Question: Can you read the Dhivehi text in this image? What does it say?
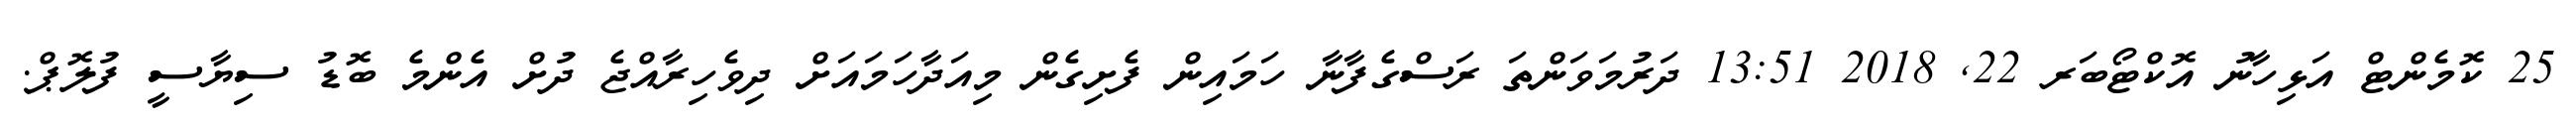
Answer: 25 ކޮމެންޓް އަޅިހާނު އޮކްޓޯބަރ 22, 2018 13:51 ދަރުމަވަންތަ ރަސްގެފާނާ ހަމައިން ފެށިގެން މިއަދާހަމައަށް ދިވެހިރާއްޖެ ދުށް އެންމެ ބޮޑު ސިޔާސީ ފުލޮޕް.